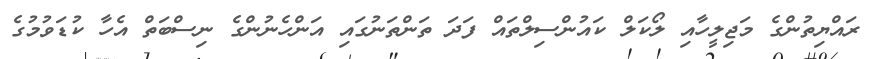
ރައްޔިތުންގެ މަޖިލީހާއި ލޯކަލް ކައުންސިލްތައް ފަދަ ތަންތަނުގައި އަންހެނުންގެ ނިސްބަތް އެހާ ކުޑަވުމުގެ